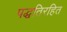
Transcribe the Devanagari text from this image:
पद्धतिरहित